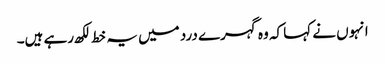
انہوں نے کہا کہ وہ گہرے درد میں یہ خط لکھ رہے ہیں۔